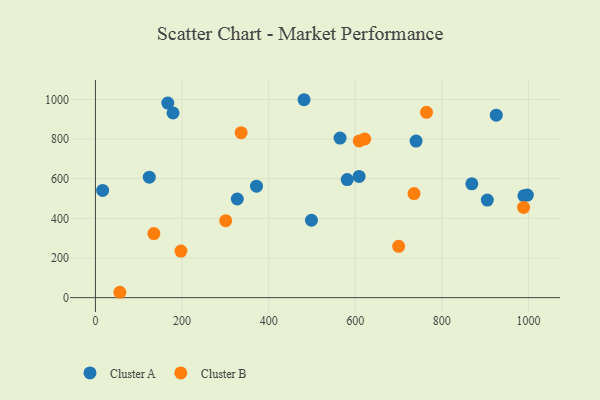
{"axis": {"x": "Experience", "y": "Demand"}, "legend": ["Cluster A", "Cluster B"], "data": [{"x": "179.2", "y": 931.8, "type": "Cluster A"}, {"x": "905.0", "y": 492.4, "type": "Cluster A"}, {"x": "371.9", "y": 562.1, "type": "Cluster A"}, {"x": "564.9", "y": 804.8, "type": "Cluster A"}, {"x": "124.4", "y": 607.5, "type": "Cluster A"}, {"x": "925.7", "y": 920.5, "type": "Cluster A"}, {"x": "498.9", "y": 390.3, "type": "Cluster A"}, {"x": "989.4", "y": 514.0, "type": "Cluster A"}, {"x": "327.6", "y": 497.7, "type": "Cluster A"}, {"x": "740.5", "y": 789.6, "type": "Cluster A"}, {"x": "167.1", "y": 981.6, "type": "Cluster A"}, {"x": "581.4", "y": 595.4, "type": "Cluster A"}, {"x": "16.6", "y": 540.7, "type": "Cluster A"}, {"x": "481.8", "y": 998.4, "type": "Cluster A"}, {"x": "608.9", "y": 611.5, "type": "Cluster A"}, {"x": "997.5", "y": 517.5, "type": "Cluster A"}, {"x": "869.2", "y": 574.4, "type": "Cluster A"}, {"x": "300.8", "y": 388.3, "type": "Cluster B"}, {"x": "197.5", "y": 235.0, "type": "Cluster B"}, {"x": "621.9", "y": 800.3, "type": "Cluster B"}, {"x": "700.2", "y": 258.7, "type": "Cluster B"}, {"x": "609.2", "y": 790.7, "type": "Cluster B"}, {"x": "764.6", "y": 935.0, "type": "Cluster B"}, {"x": "735.8", "y": 525.2, "type": "Cluster B"}, {"x": "134.9", "y": 323.2, "type": "Cluster B"}, {"x": "988.8", "y": 455.1, "type": "Cluster B"}, {"x": "56.4", "y": 27.1, "type": "Cluster B"}, {"x": "336.4", "y": 832.3, "type": "Cluster B"}]}